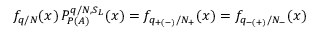
f _ { q / N } ( x ) \, P _ { P ( A ) } ^ { q / N , S _ { L } } ( x ) = f _ { q _ { + ( - ) } / N _ { + } } ( x ) = f _ { q _ { - ( + ) } / N _ { - } } ( x )